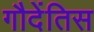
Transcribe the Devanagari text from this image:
गौदेंतिस